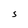
Character: s